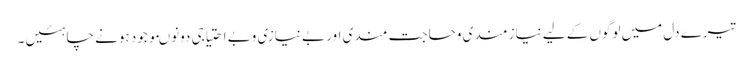
تیرے دل میں لوگوں کے لیے نیاز مندی وحاجت مندی اور بے نیازی وبے احتیاجی دونوںموجود ہونے چاہئیں ۔